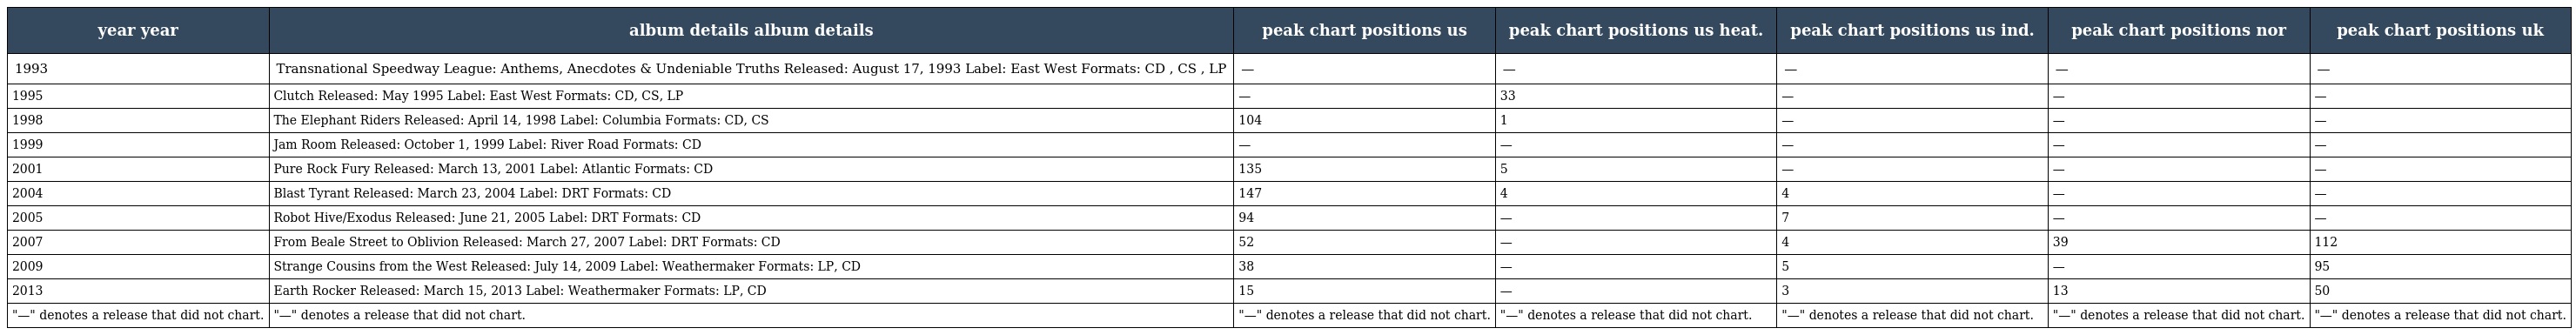
| year year | album details album details | peak chart positions us | peak chart positions us heat. | peak chart positions us ind. | peak chart positions nor | peak chart positions uk |
 | --- | --- | --- | --- | --- | --- | --- |
 | 1993 | Transnational Speedway League: Anthems, Anecdotes & Undeniable Truths Released: August 17, 1993 Label: East West Formats: CD , CS , LP | — | — | — | — | — |
 | 1995 | Clutch Released: May 1995 Label: East West Formats: CD, CS, LP | — | 33 | — | — | — |
 | 1998 | The Elephant Riders Released: April 14, 1998 Label: Columbia Formats: CD, CS | 104 | 1 | — | — | — |
 | 1999 | Jam Room Released: October 1, 1999 Label: River Road Formats: CD | — | — | — | — | — |
 | 2001 | Pure Rock Fury Released: March 13, 2001 Label: Atlantic Formats: CD | 135 | 5 | — | — | — |
 | 2004 | Blast Tyrant Released: March 23, 2004 Label: DRT Formats: CD | 147 | 4 | 4 | — | — |
 | 2005 | Robot Hive/Exodus Released: June 21, 2005 Label: DRT Formats: CD | 94 | — | 7 | — | — |
 | 2007 | From Beale Street to Oblivion Released: March 27, 2007 Label: DRT Formats: CD | 52 | — | 4 | 39 | 112 |
 | 2009 | Strange Cousins from the West Released: July 14, 2009 Label: Weathermaker Formats: LP, CD | 38 | — | 5 | — | 95 |
 | 2013 | Earth Rocker Released: March 15, 2013 Label: Weathermaker Formats: LP, CD | 15 | — | 3 | 13 | 50 |
 | "—" denotes a release that did not chart. | "—" denotes a release that did not chart. | "—" denotes a release that did not chart. | "—" denotes a release that did not chart. | "—" denotes a release that did not chart. | "—" denotes a release that did not chart. | "—" denotes a release that did not chart. |